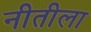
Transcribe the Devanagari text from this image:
नीतीला